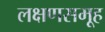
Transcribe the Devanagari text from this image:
लक्षणसमूह